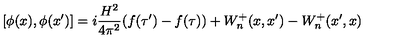
[ \phi ( x ) , \phi ( x ^ { \prime } ) ] = i \frac { H ^ { 2 } } { 4 \pi ^ { 2 } } ( f ( \tau ^ { \prime } ) - f ( \tau ) ) + W _ { n } ^ { + } ( x , x ^ { \prime } ) - W _ { n } ^ { + } ( x ^ { \prime } , x )